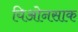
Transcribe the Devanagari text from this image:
यिओनसाक